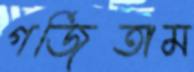
গর্জিতাম